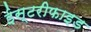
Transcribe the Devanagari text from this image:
ईस्टरीफाइड